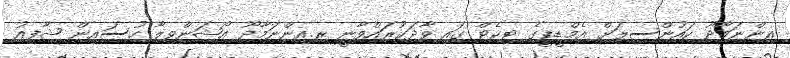
އިންނަމާދޫ ކައުންސިލަށް އެމްޑީޕީގެ ޓިކެޓް ގައި ވާދަކުރައްވާނީ ރ.އިންނަމާދޫ އޯޝަންވިލާ ހުސައިން ޝާފިއު